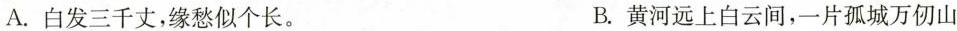
A. 白发三千丈，缘愁似个长。 B. 黄河远上白云间，一片孤城万仞山